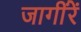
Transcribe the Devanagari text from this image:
जागींरें